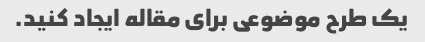
یک طرح موضوعی برای مقاله ایجاد کنید.